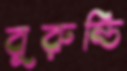
বুরুন্ডি